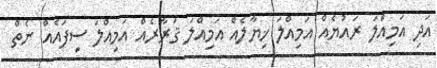
އަދި އަމިއްލަ ރައުޔެއް އަމިއްލަ ޚިޔާލެއް އަމިއްލަ ޤަރާރެއް އަމިއްލަ ސިފައެއް ނެތް